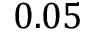
0 . 0 5